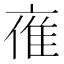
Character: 𪜤